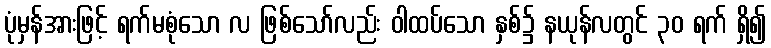
ပုံမှန်အားဖြင့် ရက်မစုံသော လ ဖြစ်သော်လည်း ဝါထပ်သော နှစ်၌ နယုန်လတွင် ၃၀ ရက် ရှိ၍